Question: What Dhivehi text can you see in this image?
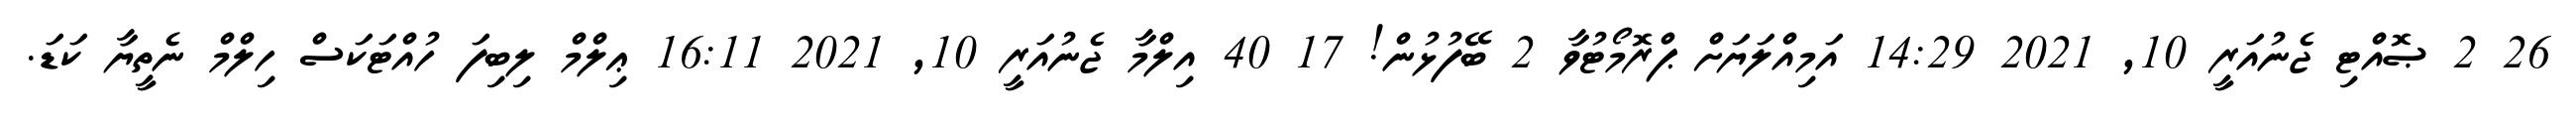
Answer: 26 2 ޞޮއްޓި ޖެނުއަރީ 10, 2021 14:29 އަމިއްލަޔަށް ޕްރޮމޯޓުވާ 2 ބޭފުޅުން! 17 40 އިލްމާ ޖެނުއަރީ 10, 2021 16:11 ޢިލްމް ލިބިފަ ހުއްޓަކަސް ހިލްމް ނެތީޔާ ކަޑަ.